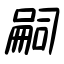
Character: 嗣